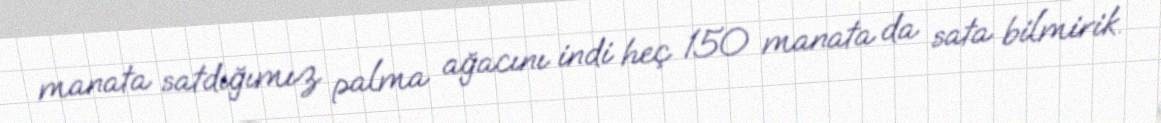
manata satdığımız palma ağacını indi heç 150 manata da sata bilmirik.